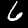
Label: 6